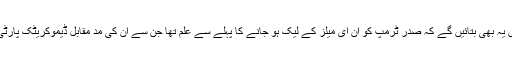
بتایا جاتا ہے کہ کوہن اپنی شہادت میں یہ بھی بتائیں گے کہ صدر ٹرمپ کو اُن ای میلز کے لیک ہو جانے کا پہلے سے علم تھا جن سے اُن کی مد مقابل ڈیموکریٹک پارٹی کی اُمیدوار کو نقصان پہنچ سکتا تھا۔